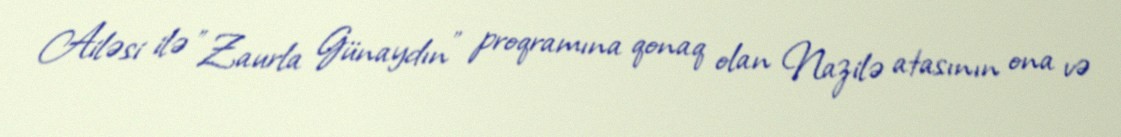
Ailəsi ilə "Zaurla Günaydın" proqramına qonaq olan Nazilə atasının ona və